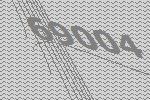
69004